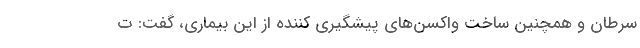
سرطان و همچنین ساخت واکسن‌های پیشگیری کننده از این بیماری، گفت: ت